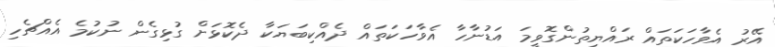
އޭރު އެވާހަކަތައް ރައްޔިތުންގޮވީމަ އަޑުނާހާ އެވާހަކަތައް ދެއްކިބަޔަކާ ދެކޮޅަށް ގުޅިގެން ނުކުމެ އެއްޗެހި